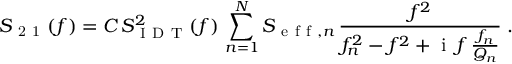
S _ { \mathrm { ~ 2 ~ 1 ~ } } ( f ) = C \, S _ { \mathrm { ~ I ~ D ~ T ~ } } ^ { 2 } ( f ) \, \sum _ { n = 1 } ^ { N } S _ { \mathrm { ~ e ~ f ~ f ~ } , n } \, \frac { f ^ { 2 } } { f _ { n } ^ { 2 } - f ^ { 2 } + \mathrm { ~ i ~ } \, f \, \frac { f _ { n } } { Q _ { n } } } \; .